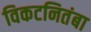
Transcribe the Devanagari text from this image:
विकटनितंबा